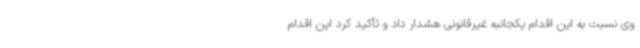
وی نسبت به این اقدام یکجانبه غیرقانونی هشدار داد و تأکید کرد این اقدام